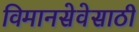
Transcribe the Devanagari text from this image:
विमानसेवेसाठी